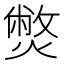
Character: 𤎨